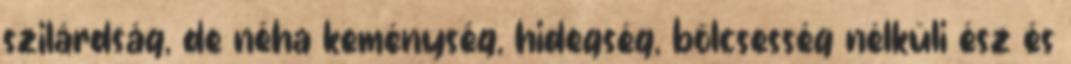
szilárdság, de néha keménység, hidegség, bölcsesség nélküli ész és